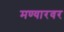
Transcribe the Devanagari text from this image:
मण्यारवर